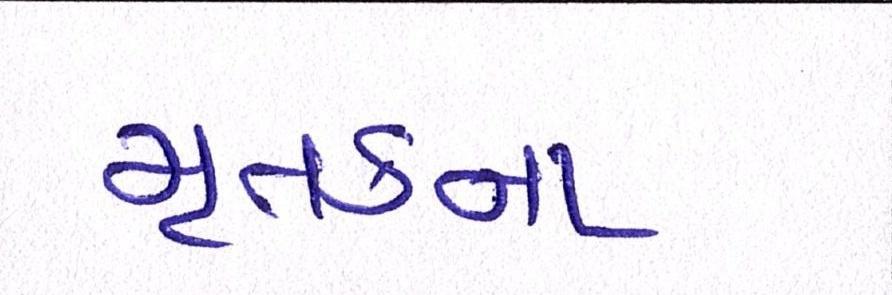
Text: મૃતકના